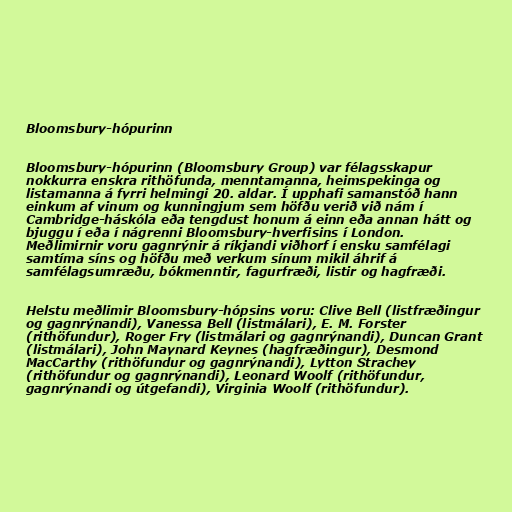
Bloomsbury-hópurinn

Bloomsbury-hópurinn (Bloomsbury Group) var félagsskapur
nokkurra enskra rithöfunda, menntamanna, heimspekinga og
listamanna á fyrri helmingi 20. aldar. Í upphafi samanstóð hann
einkum af vinum og kunningjum sem höfðu verið við nám í
Cambridge-háskóla eða tengdust honum á einn eða annan hátt og
bjuggu í eða í nágrenni Bloomsbury-hverfisins í London.
Meðlimirnir voru gagnrýnir á ríkjandi viðhorf í ensku samfélagi
samtíma síns og höfðu með verkum sínum mikil áhrif á
samfélagsumræðu, bókmenntir, fagurfræði, listir og hagfræði.

Helstu meðlimir Bloomsbury-hópsins voru: Clive Bell (listfræðingur
og gagnrýnandi), Vanessa Bell (listmálari), E. M. Forster
(rithöfundur), Roger Fry (listmálari og gagnrýnandi), Duncan Grant
(listmálari), John Maynard Keynes (hagfræðingur), Desmond
MacCarthy (rithöfundur og gagnrýnandi), Lytton Strachey
(rithöfundur og gagnrýnandi), Leonard Woolf (rithöfundur,
gagnrýnandi og útgefandi), Virginia Woolf (rithöfundur).